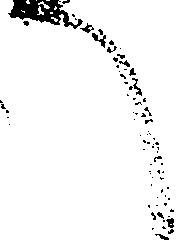
へ